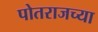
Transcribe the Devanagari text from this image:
पोतराजच्या